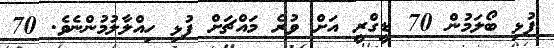
ފުޅި ބޯލަމުން 70 ޑީގްރީ އަށް ވުރެ މައްޗަށް ފުޅި ހިއްލާލުމުންނެވެ. 70